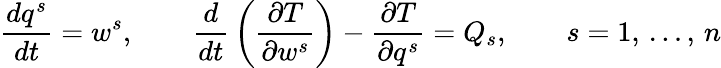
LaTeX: {\frac{dq^{s}}{dt}}=w^{s},\qquad{\frac{d}{dt}}\left({\frac{\partial T}{\partial w^{s}}}\right)-{\frac{\partial T}{\partial q^{s}}}=Q_{s},\qquad s=1,\, \ldots,\, n